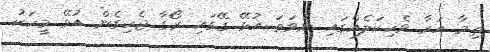
ތިމާ އަރާ ވެހިކަލެއްގައި ނުވަތަ އުޅޭ ގޭގައި ރޯގާ ޖެހިގެން އުޅޭ މީހަކު